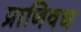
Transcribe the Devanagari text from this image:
प्राणिवध